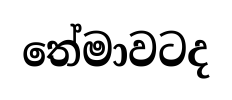
තේමාවටද